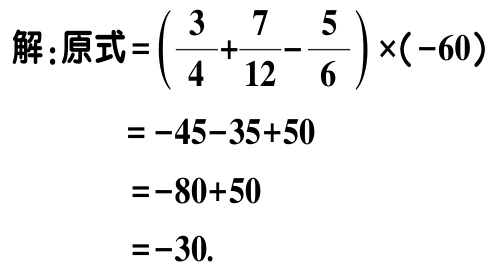
解：原式\(=\left(\dfrac{3}{4}+\dfrac{7}{12}-\dfrac{5}{6}\right)\times(-60)\)

\(=-45 - 35 + 50\)

\(=-80 + 50\)

\(=-30\).